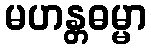
မဟန္တဓမ္မာ